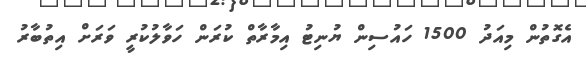
އެގޮތުން މިއަދު 1500 ހައުސިން ޔުނިޓު އިމާރާތް ކުރަން ހަވާލުކުރީ ވަރަށް އިތުބާރު